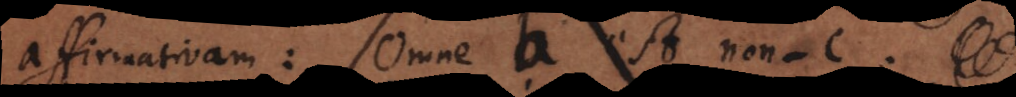
affirmativam: Omne b est non‐c.